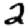
Digit: 2